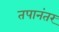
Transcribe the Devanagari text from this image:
तपानंतर